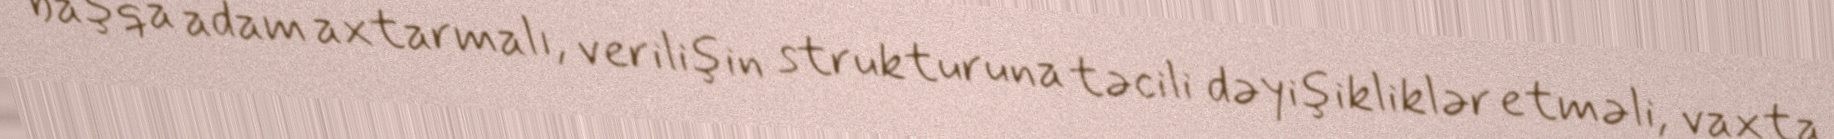
başqa adam axtarmalı, verilişin strukturuna təcili dəyişikliklər etməli, vaxta